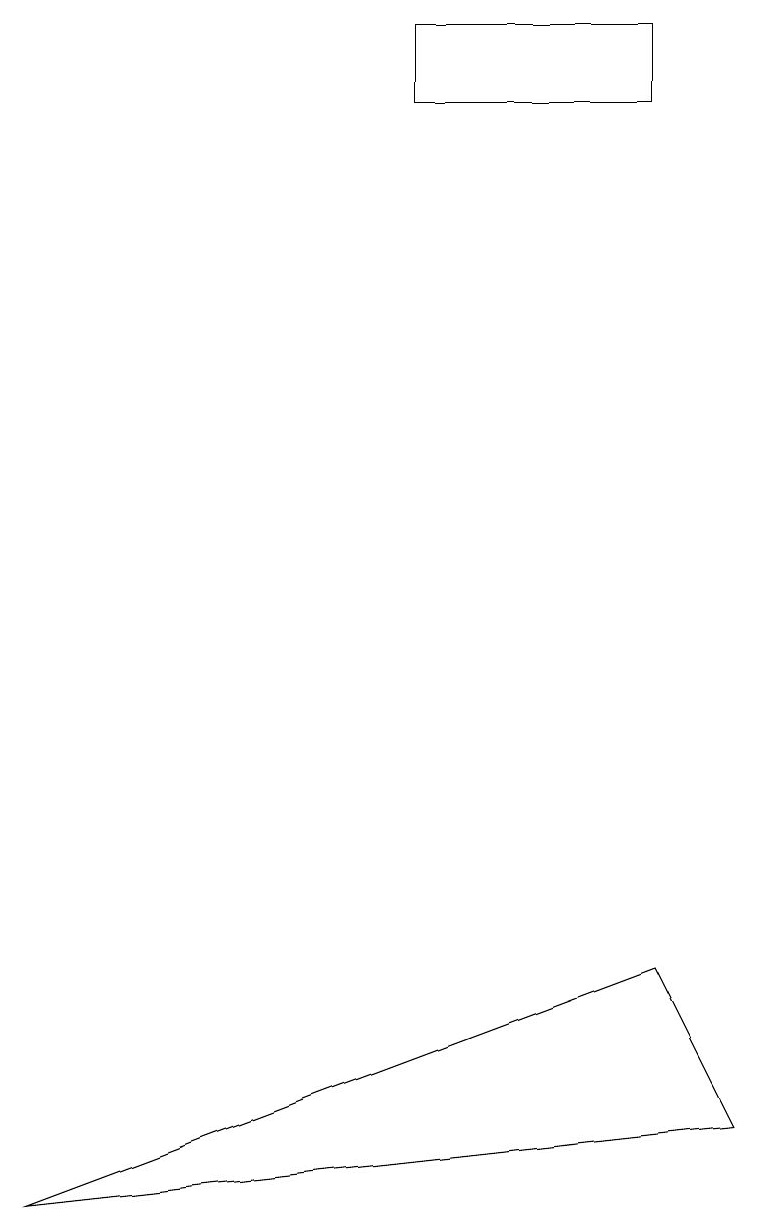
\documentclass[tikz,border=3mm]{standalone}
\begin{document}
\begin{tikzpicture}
\draw (0,15) rectangle (0,15);
\draw (8,19) rectangle (5,18);
\draw (9,5) -- (8,7) -- (0,4) -- cycle;
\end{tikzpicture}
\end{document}